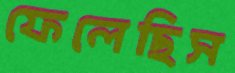
ফেলেছিস